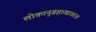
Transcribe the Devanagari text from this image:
लोकानुग्रहाखातरच